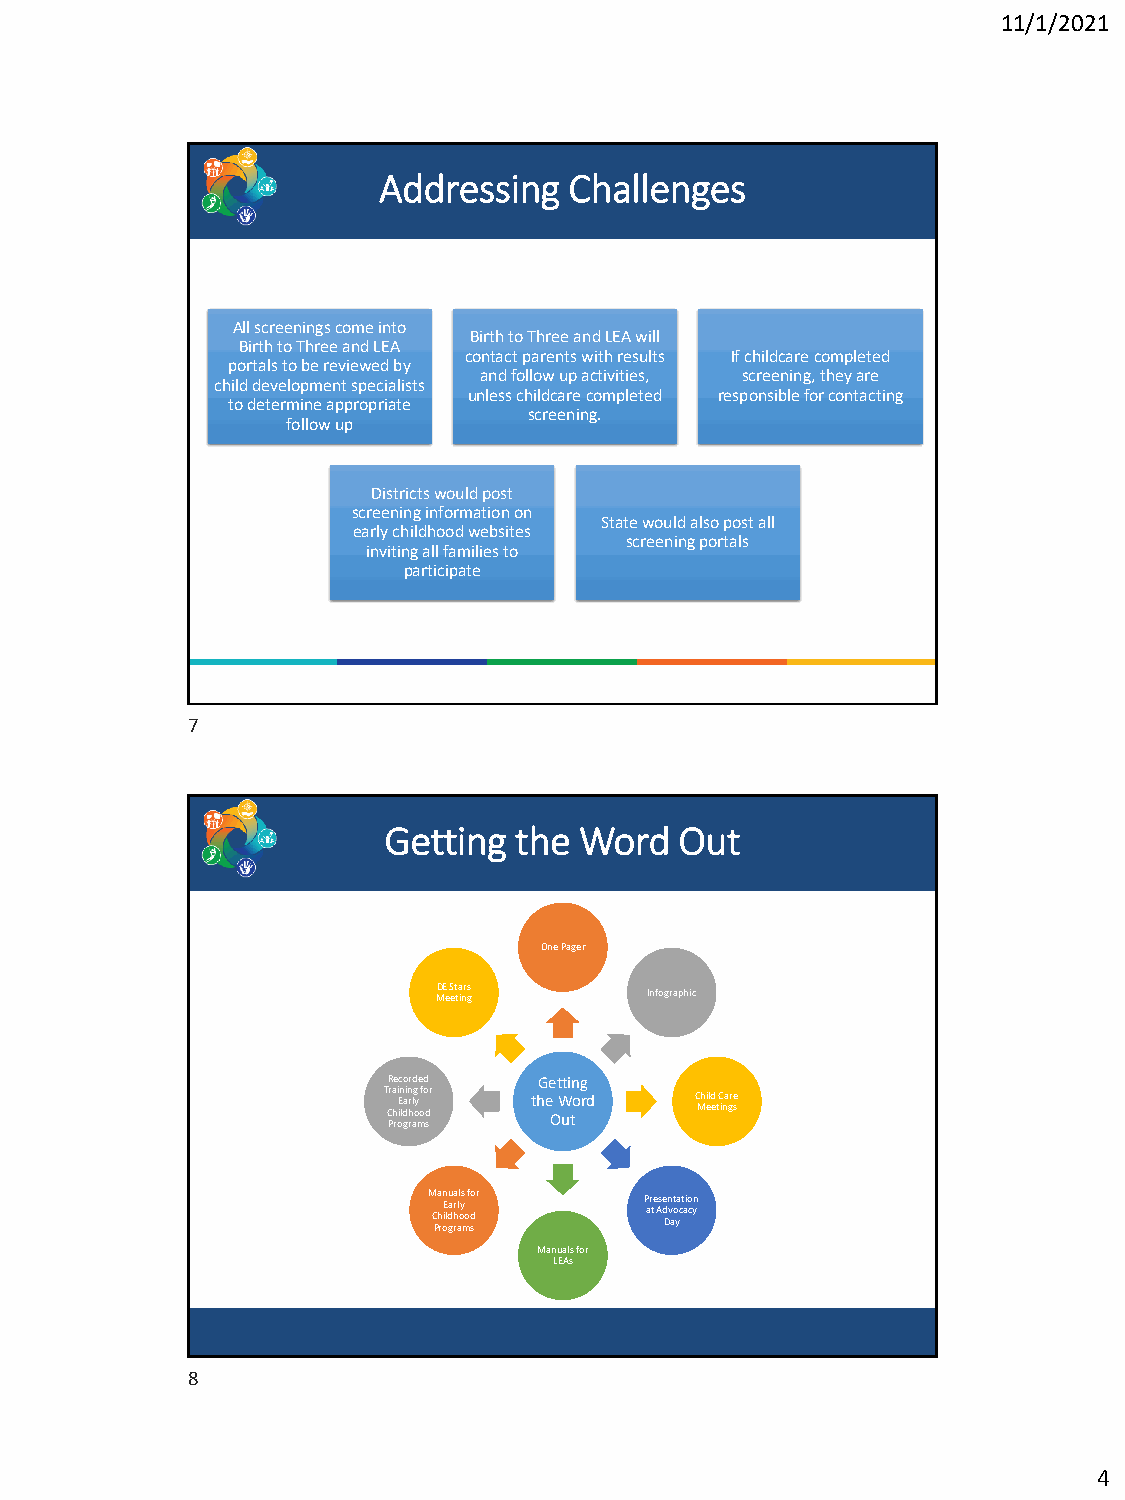
11/1/2021
 Addressing   Challenges
 All screenings come into
 Birth to Three and LEA will
 Birth to Three and LEA
 contact parents with results If childcare completed
 portals to be reviewed by
 and follow up activities, screening, they are
 child development specialists
 unless childcare completed responsible for contacting
 to determine appropriate
 screening.
 follow up
 Districts would post
 screening information on
 State would also post all
 early childhood websites
 screening portals
 inviting all families to
 participate
 7
 Getting  the Word   Out
 One Pager
 MDE e S et ta inr gs Infographic
 Recorded  Getting
 T Cr hai E in ldain r hlg oy ofo dr the
 O
 W utord  C Mh eild et C ina gr se
 Programs
 M C Pa h rn oE ilu d ga ra r h all oys
 m
 o f do sr   P ar te Ase d Dn v aot ya ct aio cyn
 Manuals for
 LEAs
 8
 4